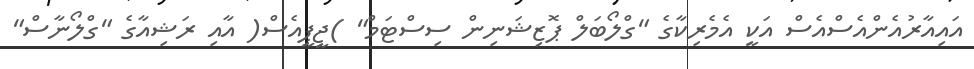
އައިއާރުއެންއެސްއެސް އަކީ އެމެރިކާގެ "ގްލޯބަލް ޕޮޒިޝަނިން ސިސްޓަމް" )ޖީޕީއެސް( އާއި ރަޝިއާގެ "ގްލޯނާސް"